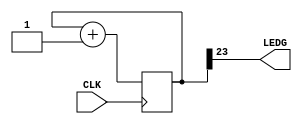
//------------------------------------------------------------------
//-- Blinking LED
//------------------------------------------------------------------

module Test (
  input CLK,    // 12MHz clock
  output LEDG   // LED to blink
);

  reg [23:0] counter = 0;

  always @(posedge CLK) 
    counter <= counter + 1;

  assign LEDG = counter[23];

endmodule